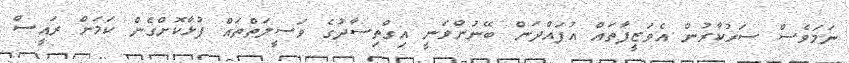
ނަމަވެސް ސަރުކާރުން އެވަޒީފާތައް އުފައްދަން ބޭނުންވަނީ އިގްތިސާދުގެ ވަސީލަތްތައް ފުޅާކޮށްގެން ކަމަށް ރައީސް